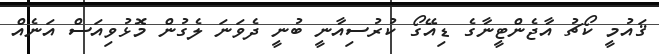
ޤައުމީ ކޯޗު އާޖެންޓީނާގެ ޑިއޭގޯ ކުރުސިއާނީ ބުނީ ދެވަނަ ލެގުން މޮޅުވިއަސް އަނެއް